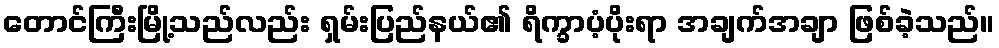
တောင်ကြီးမြို့သည်လည်း ရှမ်းပြည်နယ်၏ ရိက္ခာပံ့ပိုးရာ အချက်အချာ ဖြစ်ခဲ့သည်။